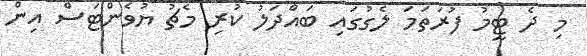
މި ދެ ޓީމު ފުރަތަމަ ލެގުގައި ބައްދަލު ކުރި މެޗު ޔުވެންޓަސް އިން